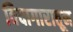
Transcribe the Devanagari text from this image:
विदागारातून